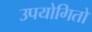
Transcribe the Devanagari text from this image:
उपयोगितो